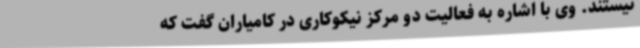
نیستند. وی با اشاره به فعالیت دو مرکز نیکوکاری در کامیاران گفت که